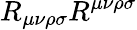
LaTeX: R_{\mu\nu\rho\sigma}R^{\mu\nu\rho\sigma}